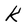
Character: k